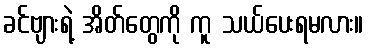
ခင်ဗျားရဲ့ အိတ်တွေကို ကူ သယ်ပေးရမလား။